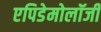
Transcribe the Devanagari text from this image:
एपिडेमोलॉजी